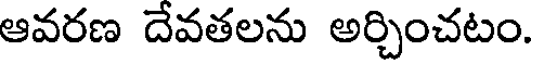
ఆవరణ దేవతలను అర్చించటం.